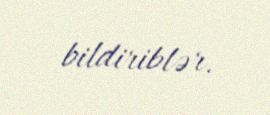
bildiriblər.